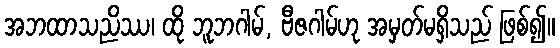
အဘထာသညိဿ၊ ထို ဘူဘဂါမ်, ဗီဇဂါမ်ဟု အမှတ်မရှိသည် ဖြစ်၍။